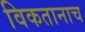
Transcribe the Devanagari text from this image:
विकतानाच